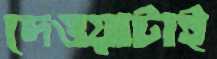
দেওয়াটাই